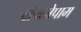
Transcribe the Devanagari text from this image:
ब्रोमजेपाम